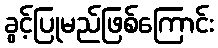
ခွင့်ပြုမည်ဖြစ်ကြောင်း